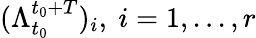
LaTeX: (\Lambda_{t_{0}}^{t_{0}+T})_{i},~i=1,...,r